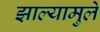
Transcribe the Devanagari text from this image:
झाल्यामुले